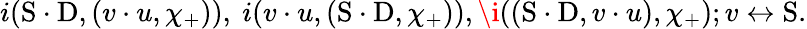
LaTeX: i(\mathrm{S}\cdot\mathrm{D},(v\cdot u,\chi_{+})),\ i(v\cdot u,(\mathrm{S}\cdot\mathrm{D},\chi_{+})),\i((\mathrm{S}\cdot\mathrm{D},v\cdot u),\chi_{+});v\leftrightarrow\mathrm{S}.